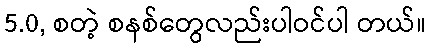
5.0, စတဲ့ စနစ်တွေလည်းပါဝင်ပါ တယ်။